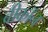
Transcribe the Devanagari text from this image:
बीकॉन